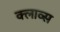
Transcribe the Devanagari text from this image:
क्लाव्स